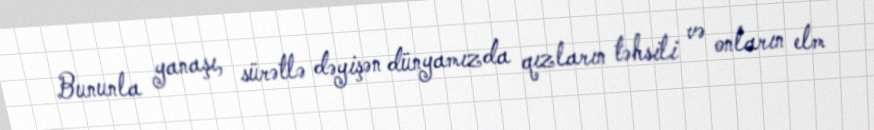
Bununla yanaşı, sürətlə dəyişən dünyamızda qızların təhsili və onların elm